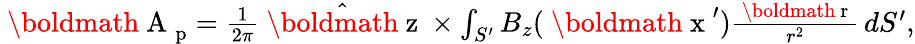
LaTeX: \begin{array}{r}{\mathrm{~\boldmath~A~}_{\mathrm{p}}=\frac{1}{2\pi}\hat{\mathrm{~\boldmath~z~}}\times\int_{S^{\prime}}B_{z}(\mathrm{~\boldmath~x~}^{\prime})\frac{\mathrm{~\boldmath~r~}}{r^{2}}\, dS^{\prime},}\end{array}